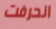
انحرفت